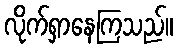
လိုက်ရှာနေကြသည်။